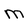
Character: M